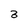
Character: 3